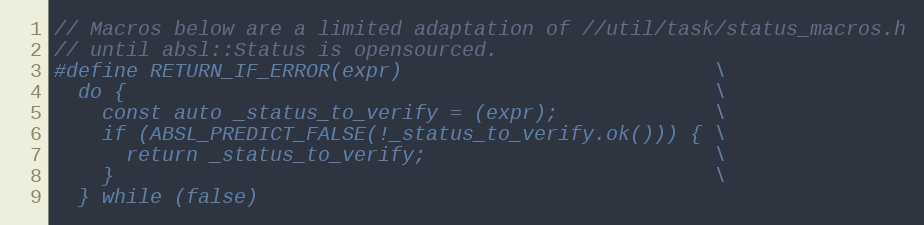
Language: C
// Macros below are a limited adaptation of //util/task/status_macros.h
// until absl::Status is opensourced.
#define RETURN_IF_ERROR(expr)                          \
  do {                                                 \
    const auto _status_to_verify = (expr);             \
    if (ABSL_PREDICT_FALSE(!_status_to_verify.ok())) { \
      return _status_to_verify;                        \
    }                                                  \
  } while (false)